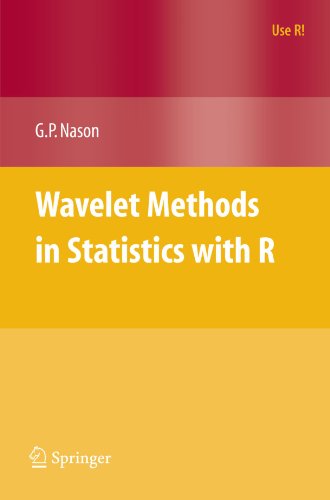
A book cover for Wavelet Methods in Statistics with R (Use R!); Guy Nason; Science & Math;